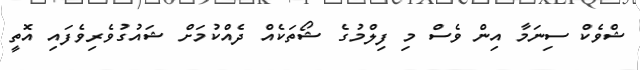
ޝްވެކް ސިނަމާ އިން ވެސް މި ފިލްމުގެ ޝޯތަކެއް ދެއްކުމަށް ޝައުގުވެރިވެފައި އޮތީ